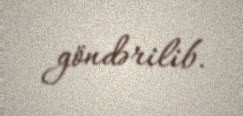
göndərilib.